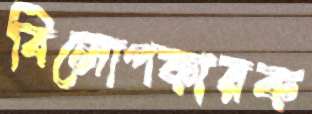
বিলোপকারক